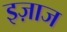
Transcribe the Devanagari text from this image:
इज़ाज